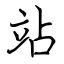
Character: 站